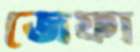
জেফা